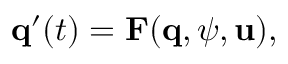
\mathbf { q } ^ { \prime } ( t ) = \mathbf { F } ( \mathbf { q } , \boldsymbol { \psi } , \mathbf { u } ) ,